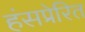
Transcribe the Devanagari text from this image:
हंसप्रेरित